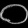
Digit: ၀